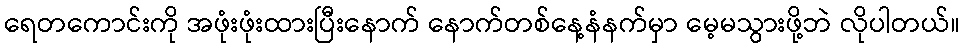
ရေတကောင်းကို အဖုံးဖုံးထားပြီးနောက် နောက်တစ်နေ့နံနက်မှာ မေ့မသွားဖို့ဘဲ လိုပါတယ်။